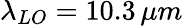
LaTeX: \lambda_{LO}=10.3\, \mu m